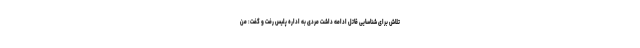
تلاش برای شناسایی قاتل ادامه داشت مردی به اداره پلیس رفت و گفت: من